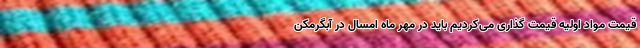
قیمت مواد اولیه قیمت گذاری می‌کردیم باید در مهر ماه امسال در آبگرمکن